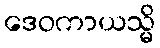
ဒေဝကာယသ္မိ